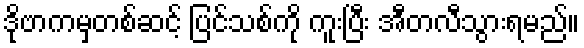
ဒိုဗာကမှတစ်ဆင့် ပြင်သစ်ကို ကူးပြီး အီတလီသွားရမည်။